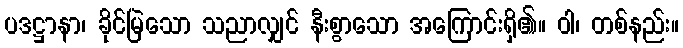
ပဒဋ္ဌာနာ၊ ခိုင်မြဲသော သညာလျှင် နီးစွာသော အကြောင်းရှိ၏။ ဝါ၊ တစ်နည်း။